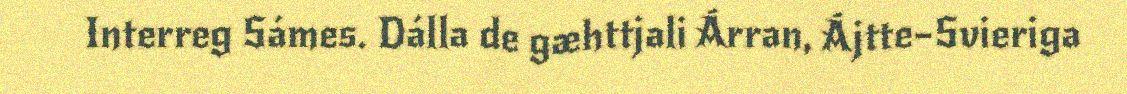
Interreg Sámes. Dálla de gæhttjali Árran, Ájtte–Svieriga